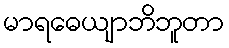
မာရဓေယျာဘိဘူတာ